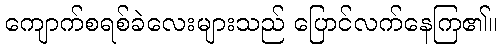
ကျောက်စရစ်ခဲလေးများသည် ပြောင်လက်နေကြ၏။